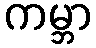
ကမ္ဘာ